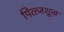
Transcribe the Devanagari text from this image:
पित्त्जशूळ